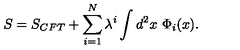
S = S _ { C F T } + \sum _ { i = 1 } ^ { N } \lambda ^ { i } \int d ^ { 2 } x \ \Phi _ { i } ( x ) .